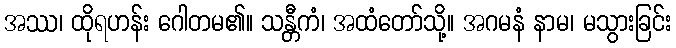
အဿ၊ ထိုရဟန်း ဂေါတမ၏။ သန္တီကံ၊ အထံတော်သို့။ အဂမနံ နာမ၊ မသွားခြင်း